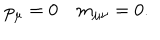
p _ { \mu } = 0 \quad m _ { \mu \nu } = 0 .